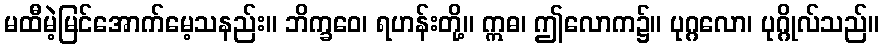
မထီမဲ့မြင်အောက်မေ့သနည်း။ ဘိက္ခဝေ၊ ရဟန်းတို့။ ဣဓ၊ ဤလောက၌။ ပုဂ္ဂလော၊ ပုဂ္ဂိုလ်သည်။